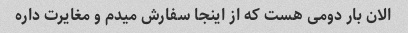
الان بار دومی هست که از اینجا سفارش میدم و مغایرت داره